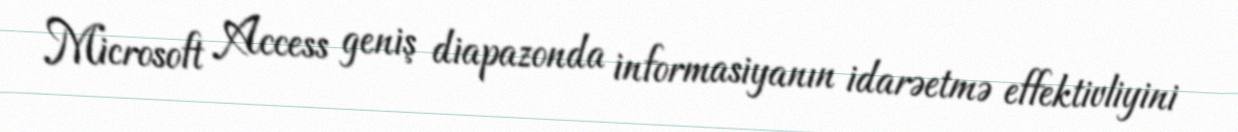
Microsoft Access geniş diapazonda informasiyanın idarəetmə effektivliyini